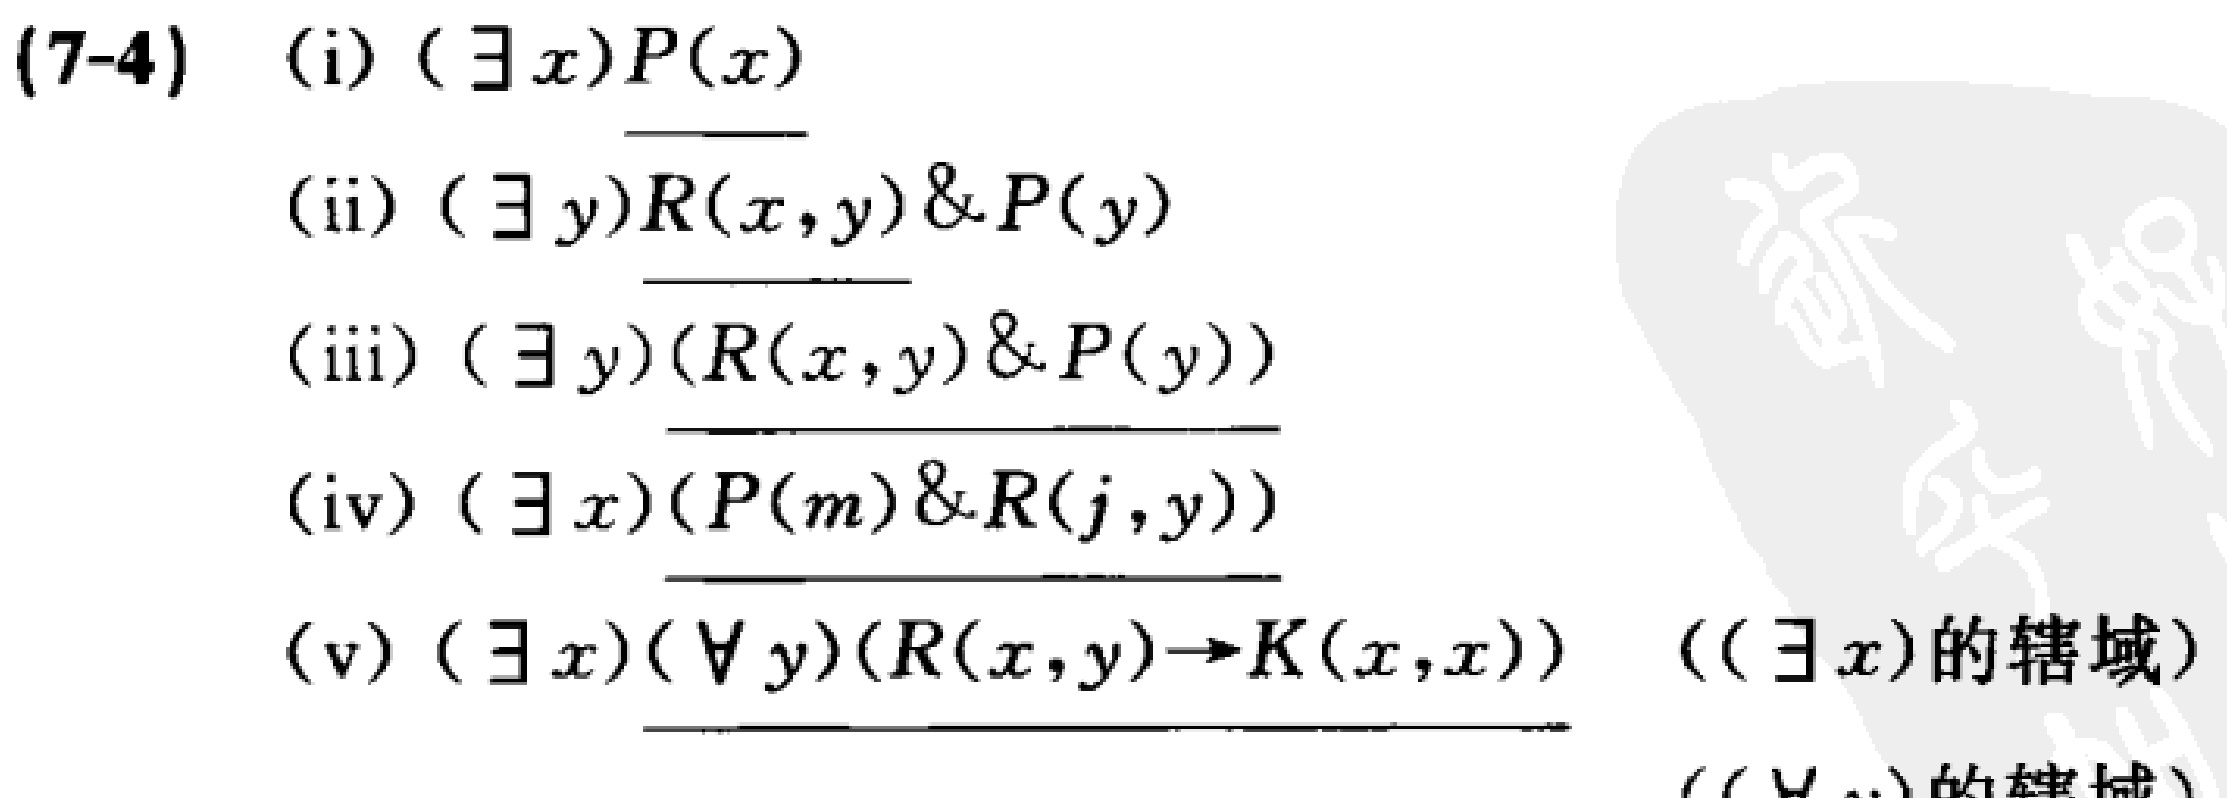
(7-4)
(i) \((\exists x)P(x)\)
(ii) \((\exists y)R(x,y)\&P(y)\)
(iii) \((\exists y)(R(x,y)\&P(y))\)
(iv) \((\exists x)(P(m)\&R(j,y))\)
(v) \((\exists x)(\forall y)(R(x,y)\to K(x,x))\) （\((\exists x)\)的辖域） （\((\forall \cdots)\)的辖域）